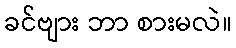
ခင်ဗျား ဘာ စားမလဲ။